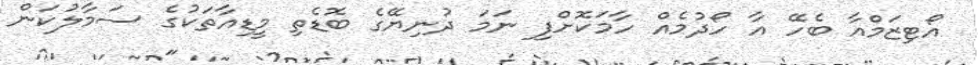
އޯޓިޒަމްއާ ބެހޭ އާ ހޯދުމެއް ހާމަކޮށްފި ނަމަ ދުނިޔޭގެ ބޮޑެތި މީޑިއާތަކުގެ ސަމާލުކަން